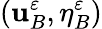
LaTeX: (\mathbf{u}_{B}^{\varepsilon},\eta_{B}^{\varepsilon})